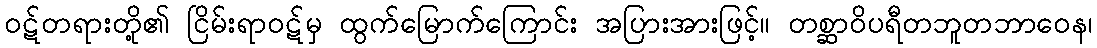
ဝဋ်တရားတို့၏ ငြိမ်းရာဝဋ်မှ ထွက်မြောက်ကြောင်း အပြားအားဖြင့်။ တစ္ဆာဝိပရီတဘူတဘာဝေန၊